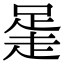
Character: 𧻻